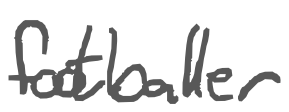
Text: footballer
Cross-out: clean
Writing tool: digital_gray